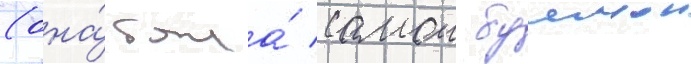
(она́ была́ самои буинои